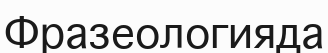
Фразеологияда